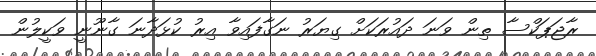
ރާޖަޕަކްސާ ތިން ވަނަ ދައުރަކަށް ގިޔަރު ނަގާފައިވާ އިރު ކުޅަދާނަ ގާނޫނީ ވަކީލުން